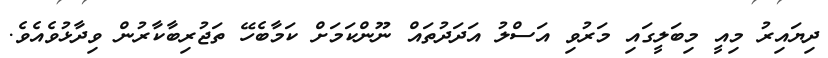
ދިޔައިރު މިއީ މިބަލީގައި މަރުވި އަސްލު އަދަދުތައް ނޫންކަމަށް ކަމާބެހޭ ތަޖުރިބާކާރުން ވިދާޅުވެއެވެ.